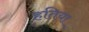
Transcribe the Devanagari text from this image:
हतिया